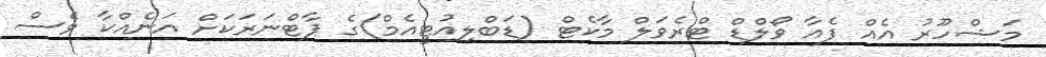
މަޝްހޫރު އެއް ފެއާ ވޯލްޑް ޓްރެވަލް މާކެޓް (ޑަބްލިއުޓީއެމް)ގެ ޕާޓްނަރަކަށް އަނެއްކާ ވެސް